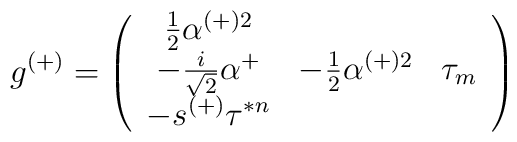
g^{(+)}=\left( \begin{array}{ccc}\frac{1}{2}\alpha ^{(+)2} &  & \\-\frac{i}{\sqrt{2}}\alpha ^{+} & -\frac{1}{2}\alpha ^{(+)2} & \tau _{m}\\-s^{(+)}\tau ^{*n} &  & \end{array}\right)